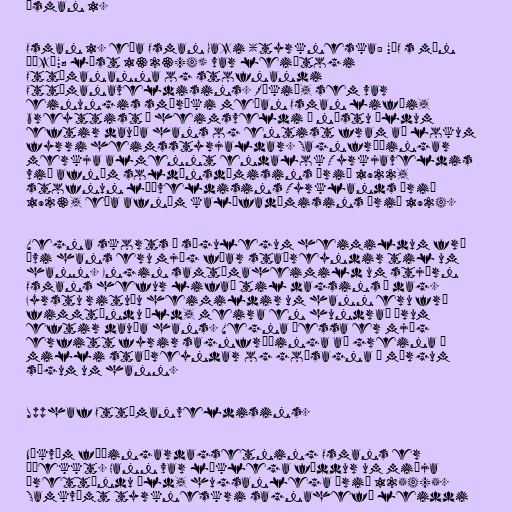
Ósman 1.

Osman 1. eða Osman Gazi (tyrkneska: "'O s mān
Ġāzī"; lést 1323/4) var leiðtogi
Ottómananna og stofnandi
Ottómanaveldisins. Ríkið, sem var
einungis smáríki meðan Osman lifði,
breyttist í heimsveldi á næstu öldum
eftir dauða hans og entist fram að lokum
fyrri heimsstyrjaldar. Sagnfræðingar
merkja almennt endalok Tyrkjaveldis
við afnám soldánsdæmisins árið 1922,
stofnun lýðveldisins Tyrklands árið
1923, eða afnám kalífadæmisins árið 1924.

Vegna skorts á sögulegum heimildum frá
ævi hans eru mjög fáar staðreyndir til um
hann. Engin samtímaheimild um stjórn
Osmans hefur lifað til dagsins í dag.
Fyrstu rituðu heimildir um hann eru frá
fimmtándu öld, meira en hundrað árum
eftir dauða hans. Vegna þessa er mjög
erfitt fyrir sagnfræðinga að greina á
milli staðreyndar og goðsagna í mörgum
sögum um hann.

Upphaf Ottómanveldisins.

Nákvæm fæðingardagsetning Osmans er
óþekkt. Hann var líklega fæddur um miðja
þrettándu öld, hugsanlega árið 1254/5.
Samkvæmt tyrkneskri sagnahefð leiddi